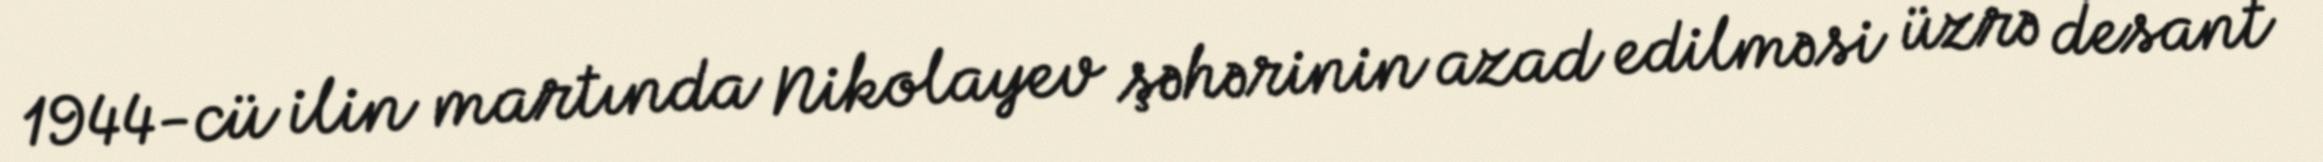
1944-cü ilin martında Nikolayev şəhərinin azad edilməsi üzrə desant